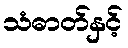
သံဓာတ်နှင့်